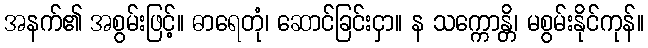
အနက်၏ အစွမ်းဖြင့်။ ဓာရေတုံ၊ ဆောင်ခြင်းငှာ။ န သက္ကောန္တိ၊ မစွမ်းနိုင်ကုန်။